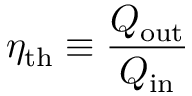
\eta _ { \mathrm { { t h } } } \equiv { \frac { Q _ { \mathrm { { o u t } } } } { Q _ { \mathrm { { i n } } } } }